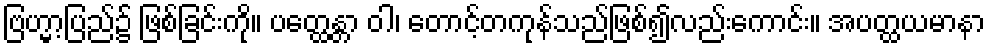
ဗြဟ္မာ့ပြည်၌ ဖြစ်ခြင်းကို။ ပတ္ထေန္တာ ဝါ၊ တောင့်တကုန်သည်ဖြစ်၍လည်းကောင်း။ အပတ္ထယမာနာ